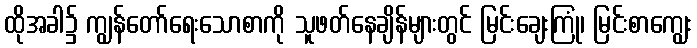
ထိုအခါ၌ ကျွန်တော်ရေးသောစာကို သူဖတ်နေချိန်များတွင် မြင်းချေးကြုံ၊ မြင်းစာကျွေး